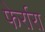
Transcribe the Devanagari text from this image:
फेर्रारा